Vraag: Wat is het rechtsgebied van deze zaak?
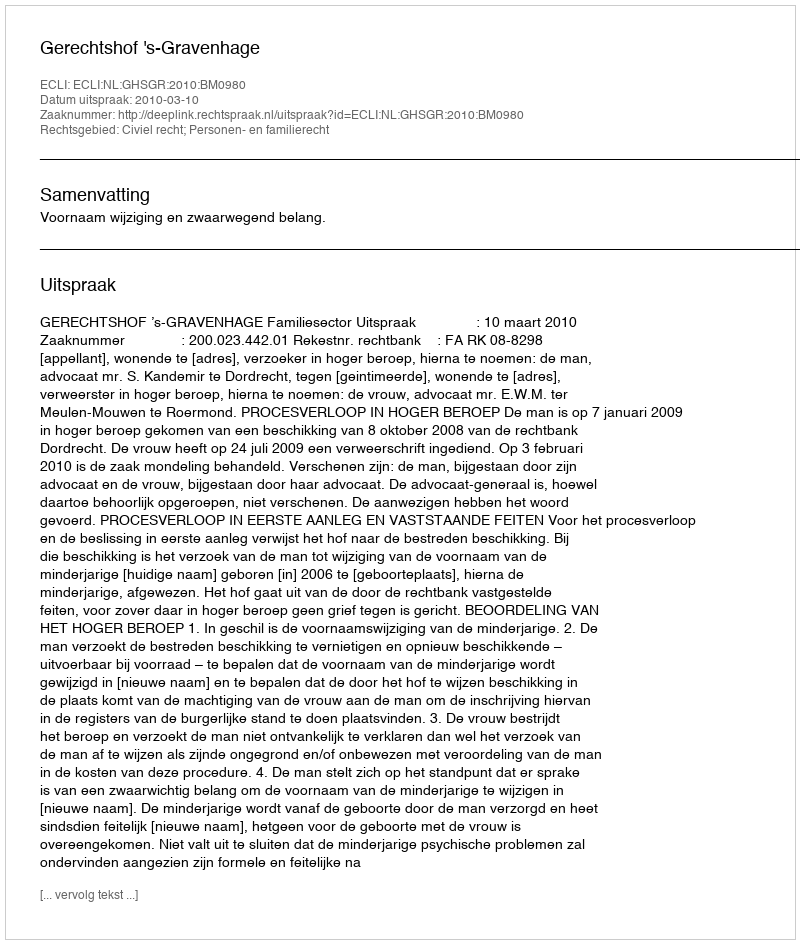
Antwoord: Civiel recht; Personen- en familierecht